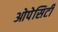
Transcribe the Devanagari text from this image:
ओपेसिटी